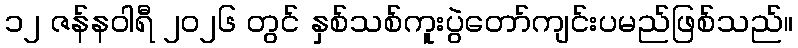
၁၂ ဇန်နဝါရီ ၂၀၂၆ တွင် နှစ်သစ်ကူးပွဲတော်ကျင်းပမည်ဖြစ်သည်။